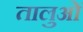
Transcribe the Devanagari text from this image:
तालुओं